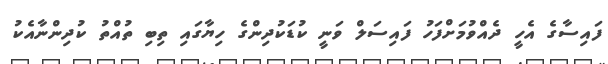
ފައިސާގެ އެހީ ދެއްވުމަށްފަހު ފައިސަލް ވަނީ ކުޑަކުދިންގެ ހިޔާގައި ތިބި ތުއްތު ކުދިންނާއެކު